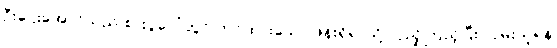
ဦးဌေးအောင်သည် စားပွဲပေါ်တွင် တင်ထားသော ဖုန်းရှိရာသို့ လှည့်ကြည့်ပြီး လှမ်းယူရန်